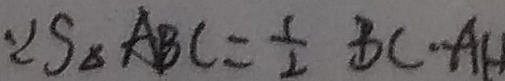
\because S _ { \Delta } A B C = \frac { 1 } { 2 } B C \cdot A H